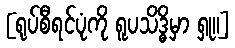
[ရုပ်စီရင်ပုံကို ရူပသိဒ္ဓိမှာ ရှု။]